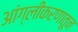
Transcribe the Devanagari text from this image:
आंग्लीकरणातून